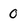
Character: 0